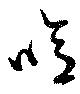
噫